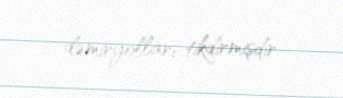
dəmiryolları tikdirmişdir.